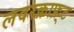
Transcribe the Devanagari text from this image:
लवरक्राफ़्ट